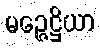
မဉ္ဇေဋ္ဌိယာ